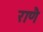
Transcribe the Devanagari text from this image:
राणै